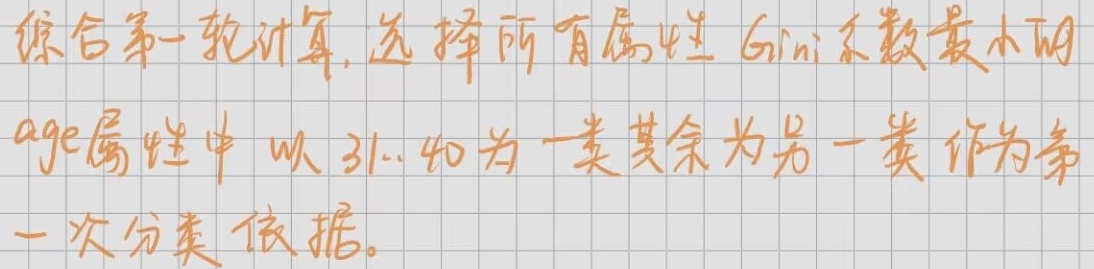
综合第一轮计算，选择所有属性Gini系数最小的age属性中以31 - 40为一类其余为另一类作为第一次分类依据。